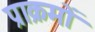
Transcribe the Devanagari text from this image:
प्राक्रमों